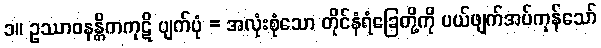
၁။ ဥဿာဝနန္တိကကုဋိ ပျက်ပုံ = အလုံးစုံသော တိုင်နံရံခြေတို့ကို ပယ်ဖျက်အပ်ကုန်သော်